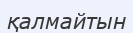
қалмайтын